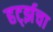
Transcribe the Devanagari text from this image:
हर्ट्झचा